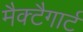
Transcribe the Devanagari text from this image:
मैक्टैगार्ट